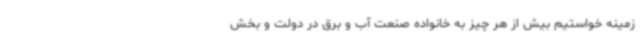
زمینه خواستیم بیش از هر چیز به خانواده صنعت آب و برق در دولت و بخش